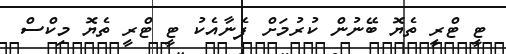
ޓީ ޓްރީ ތެޔޮ ބޭނުން ކުރުމަށް ފެނާއެކު ޓީ ޓްރީ ތެޔޮ މިކްސް